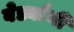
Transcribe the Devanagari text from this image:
बेर्ड्यांनी